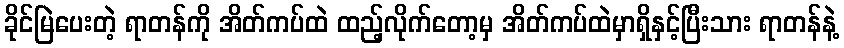
ခိုင်မြဲပေးတဲ့ ရာတန်ကို အိတ်ကပ်ထဲ ထည့်လိုက်တော့မှ အိတ်ကပ်ထဲမှာရှိနှင့်ပြီးသား ရာတန်နဲ့